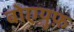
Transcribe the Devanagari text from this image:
बोएयुफ़